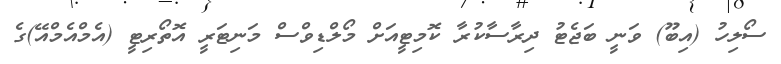
ސޯލިހު (އިބޫ) ވަނީ ބަޖެޓު ދިރާސާކުރާ ކޮމިޓީއަށް މޯލްޑިވްސް މަނިޓަރީ އޮތޯރިޓީ (އެމްއެމްއޭ)ގެ